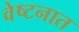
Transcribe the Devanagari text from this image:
वेष्टनात